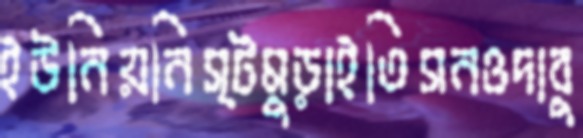
ইউনিয়নিস্টমুড়াইতিসনওদাবু